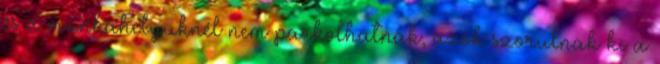
és a munkahelyüknél nem parkolhatnak, azok szorulnak ki a